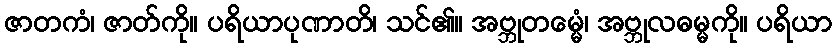
ဇာတကံ၊ ဇာတ်ကို။ ပရိယာပုဏာတိ၊ သင်၏။ အဗ္ဘုတမ္မေံ၊ အဗ္ဘုလဓမ္မကို။ ပရိယာ